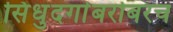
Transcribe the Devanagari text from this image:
सिंधुदर्गाबरोबरच